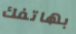
بهاتفك